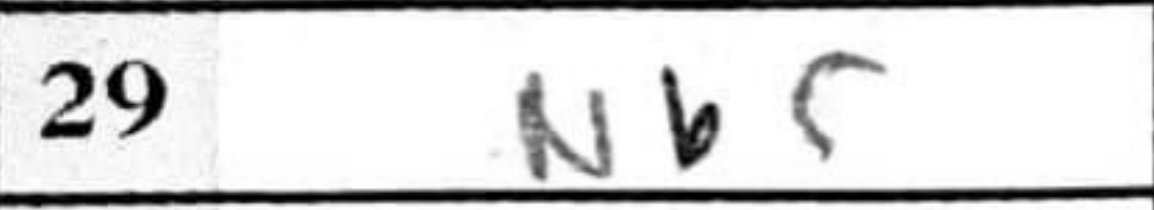
Transcription: Nb5